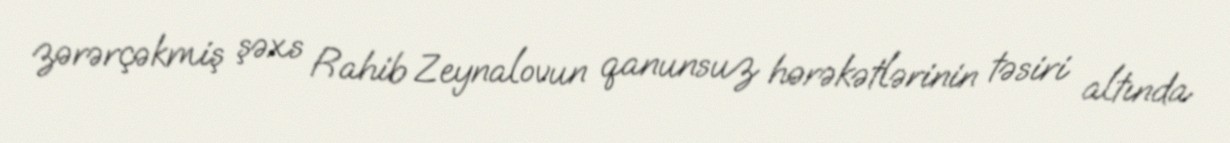
zərərçəkmiş şəxs Rahib Zeynalovun qanunsuz hərəkətlərinin təsiri altında